Report on sanitation, dispensaries, and jails in Rajputana for 1916, and on vaccination for the year 1916-1917 - 1916-1917
Year: 1916
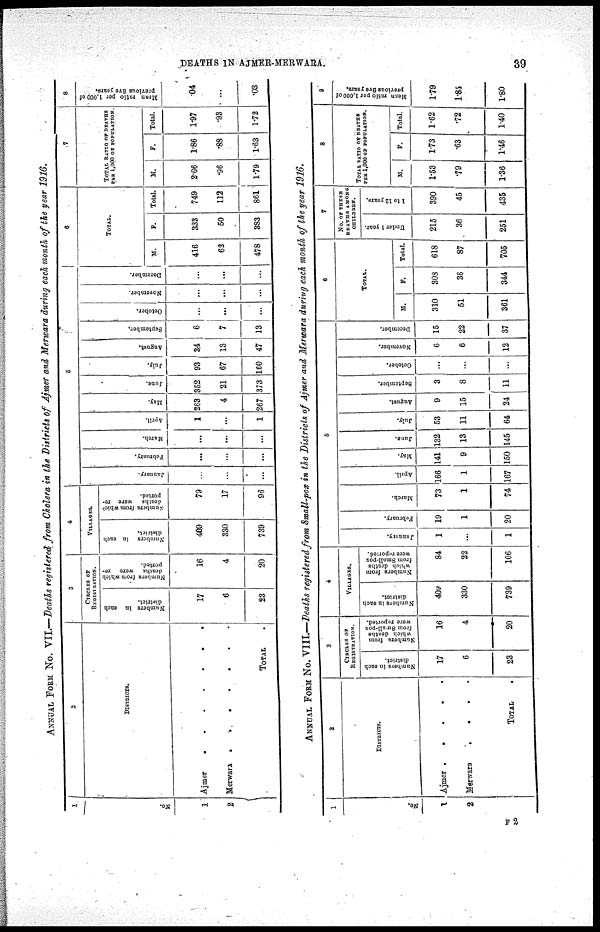
DEATHS IN AJMER-MERWARA.
39
ANNUAL FORM No. VII.—Deaths registered from Cholera in the Districts of Ajmer and Merwara during each month of the year 1916.
1
No.
1
2
2
DISTRICTS.
Ajmer.
.
.
.
.
.
Merwara
.
.
.
.
TOTAL .
3
CIRCLES OF
REGISTRATION.
Numbers in each
district.
17
6
23
Numbers from which
deaths were re¬
ported.
16
4
20
4
VILLAGES.
Numbers in each
district.
409
330
739
Numbers from which
deaths were re-
ported.
79
17
96
5
January.
...
...
...
February.
...
...
...
March.
...
...
...
April.
1
...
1
May.
263
4
267
June.
352
21
373
July.
93
67
160
August.
34
13
47
September.
6
7
13
October.
...
...
...
November.
...
...
...
December.
...
...
...
6
TOTAL.
M.
416
62
478
F.
333
50
383
Total.
749
112
861
7
TOTAL RATIO OF DEATHS
PER 1,000 OF POPULATION.
M.
2.06
.96
1.79
F.
1.86
.88
1.63
Total.
l.97
.93
1.72
8
Mean ratio per 1,000 of
previous five years.
.04
...
.03
ANNUAL FORM No. VIII.—Deaths registered from Small-pox in the Districts of Ajmer and Merwara during each month of the year 1916.
1
No.
1
2
2
DISTRICTS.
Ajmer .
.
.
. .
Merwara
.
.
.
.
T O T A L .
3
CIRCLES OF
REGISTRATION.
Numbers in each
district.
17
6
23
Numbers from
which deaths
from Small-pox
were reported.
16
4
20
4
VlLLAGES.
Numbers in each
district.
409
330
739
Numbers from
which deaths
from Small-pox
were reported.
84
22
106
5
January.
1
...
1
February.
19
1
20
March.
73
1
74
April.
166
1
167
May.
141
9
150
June.
132
13
145
July.
53
11
64
August.
9
15
24
September.
3
8
11
October.
...
...
...
November.
6
6
12
December.
15
22
37
6
TOTAL.
M.
310
51
361
F.
308
36
344
Total.
618
87
705
7
NO. OF THESE
DEATHS AMONG
CHILDREN.
Under 1 years.
215
36
251
1 to 12 years.
390
45
435
8
TOTAL RATIO OF DEATHS
PER 1,000 OF POPULATION.
M.
1.53
.79
1.36
F.
1.73
.63
1.46
Total.
1.62
.72
1.40
9
Mean ratio per 1,000 of
previous five years.
1.79
1.85
1.80
F 2